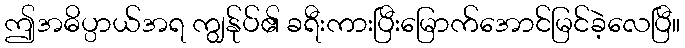
ဤအဓိပ္ပာယ်အရ ကျွန်ုပ်၏ ခရီးကားပြီးမြောက်အောင်မြင်ခဲ့လေပြီ။